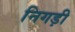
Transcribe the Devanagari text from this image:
निगड़ी